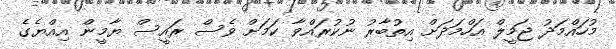
މުހައްމަދު ޖަމީލް އަހްމަދަށް އިތުބާރު ނުކުރައްވާ ކަމަށް ވެސް ރައީސް ޔާމީން އިއްޔެގެ